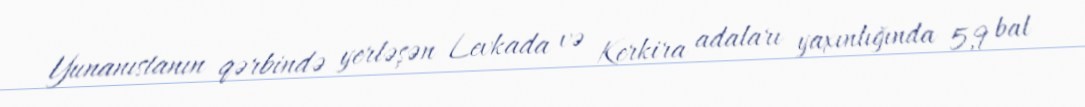
Yunanıstanın qərbində yerləşən Levkada və Kerkira adaları yaxınlığında 5,9 bal